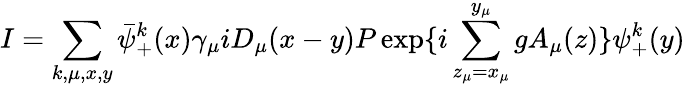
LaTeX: I=\sum_{k,\mu,x,y}\bar{\psi}_{+}^{k}(x)\gamma_{\mu}iD_{\mu}(x-y)P\exp\{ i\sum_{z_{\mu}=x_{\mu}}^{y_{\mu}}gA_{\mu}(z)\} \psi_{+}^{k}(y)